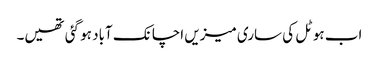
اب ہوٹل کی ساری میزیں اچانک آباد ہو گئی تھیں۔